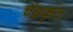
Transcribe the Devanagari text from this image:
चंद्रकृत